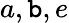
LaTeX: a,\mathtt{b},e